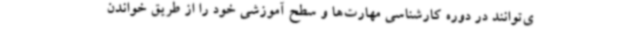
ی‌توانند در دوره کارشناسی مهارت‌ها و سطح آموزشی خود را از طریق خواندن